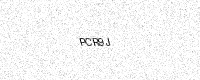
Text: PCR9J